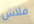
فلاش